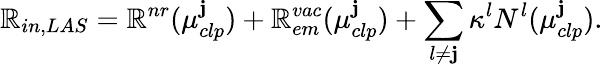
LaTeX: \mathbb{R}_{in,LAS}=\mathbb{R}^{nr}(\mu_{clp}^{\mathbf{j}})+\mathbb{R}_{em}^{vac}(\mu_{clp}^{\mathbf{j}})+\sum_{l\neq\mathbf{j}}\kappa^{l}N^{l}(\mu_{clp}^{\mathbf{j}}).